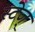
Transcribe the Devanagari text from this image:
स्टेज्